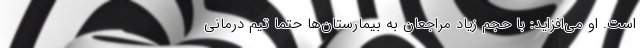
است. او می‌افزاید: با حجم زیاد مراجعان به بیمارستان‌ها حتما تیم درمانی